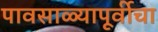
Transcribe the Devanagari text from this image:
पावसाळ्यापूर्वीचा